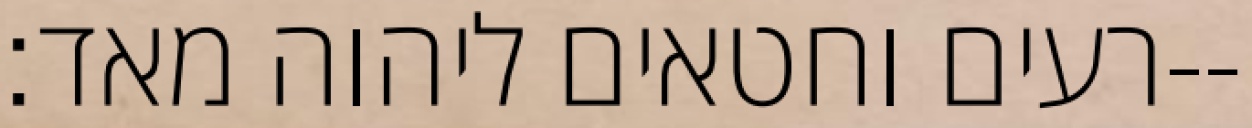
רעים וחטאים ליהוה מאד׃--